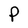
Character: P